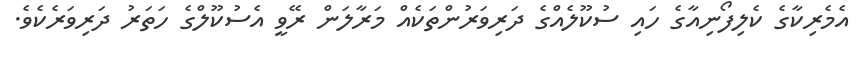
އެމެރިކާގެ ކެލިފޯނިއާގެ ހައި ސުކޫލެއްގެ ދަރިވަރުންތަކެއް މަރާލަން ރޭވީ އެސުކޫލްގެ ހަތަރު ދަރިވަރެކެވެ.